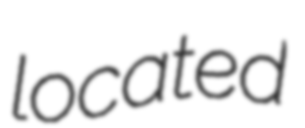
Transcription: located